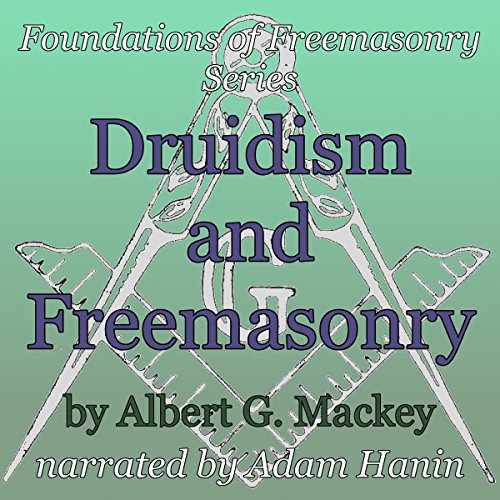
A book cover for Druidism and Freemasonry: Foundations of Freemasonry Series; Albert G. Mackey; Religion & Spirituality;